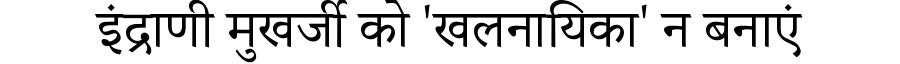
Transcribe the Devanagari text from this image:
इंद्राणी मुखर्जी को 'खलनायिका' न बनाएं